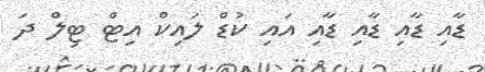
ޑާއި ޑާއި ޑާއި ޑާއި އައި ކުޑް ލައިކް އިޓް ޓިލް ދަ